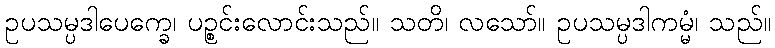
ဥပသမ္ပဒါပေက္ခေ၊ ပဉ္စင်းလောင်းသည်။ သတိ၊ လသော်။ ဥပသမ္ပဒါကမ္မံ၊ သည်။